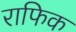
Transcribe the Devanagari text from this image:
राफिक